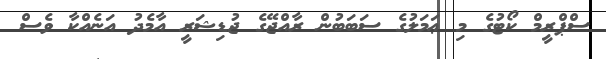
ސްޕްރީމް ކޯޓުގެ މި ޢަމަލުގެ ސަބަބުން ރާއްޖޭގެ ޖުޑިޝަރީ އާމެދު އަނެއްކާ ވެސް